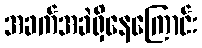
အခက်အခဲရှိနေကြောင်း